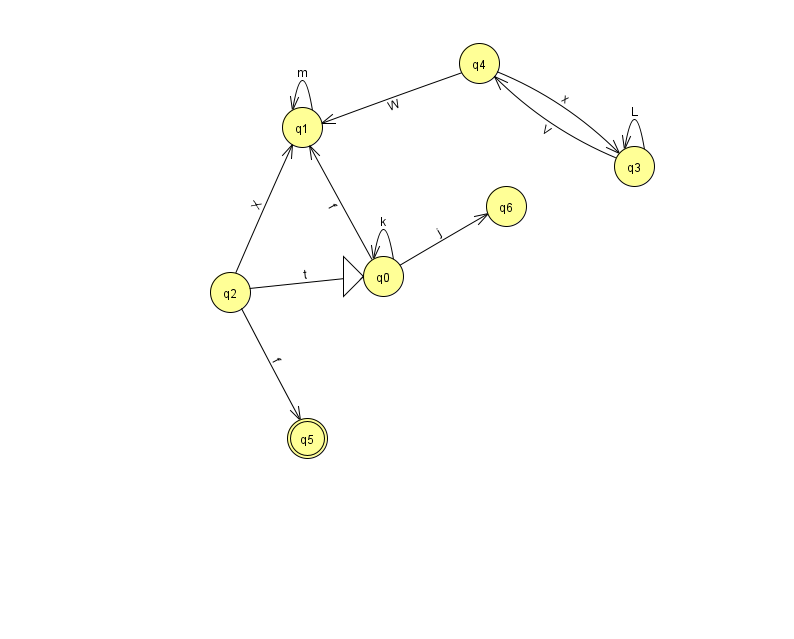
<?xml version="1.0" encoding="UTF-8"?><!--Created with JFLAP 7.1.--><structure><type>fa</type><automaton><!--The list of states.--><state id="0" name="q0"><x>383.0</x><y>263.0</y><initial/></state><state id="1" name="q1"><x>302.0</x><y>114.0</y></state><state id="2" name="q2"><x>230.0</x><y>279.0</y></state><state id="3" name="q3"><x>634.0</x><y>153.0</y></state><state id="4" name="q4"><x>479.0</x><y>50.0</y></state><state id="5" name="q5"><x>307.0</x><y>425.0</y><final/></state><state id="6" name="q6"><x>506.0</x><y>193.0</y></state><!--The list of transitions.--><transition><from>4</from><to>3</to><read>x</read></transition><transition><from>2</from><to>1</to><read>X</read></transition><transition><from>2</from><to>0</to><read>t</read></transition><transition><from>4</from><to>1</to><read>W</read></transition><transition><from>0</from><to>0</to><read>k</read></transition><transition><from>0</from><to>1</to><read>f</read></transition><transition><from>3</from><to>3</to><read>L</read></transition><transition><from>1</from><to>1</to><read>m</read></transition><transition><from>2</from><to>5</to><read>f</read></transition><transition><from>0</from><to>6</to><read>j</read></transition><transition><from>3</from><to>4</to><read>V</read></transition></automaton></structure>